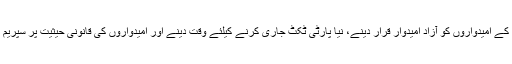
کمیشن نے سینیٹ انتخابات کو ملتوی کرنے، ن لیگ کے امیدواروں کو آزاد امیدوار قرار دینے، نیا پارٹی ٹکٹ جاری کرنے کیلئے وقت دینے اور امیدواروں کی قانونی حیثیت پر سپریم کورٹ سے رہنمائی لینے کے آپشنز پر غور کیا گیا۔